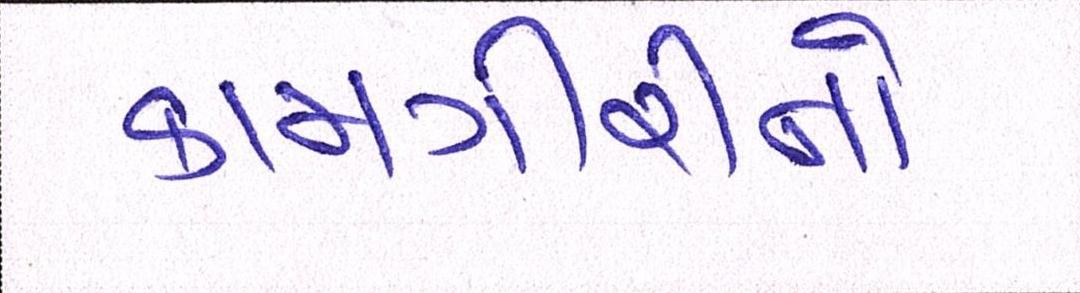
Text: કામગીરીનો